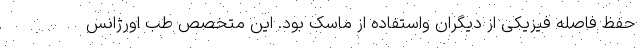
حفظ فاصله فیزیکی از دیگران واستفاده از ماسک بود. این متخصص طب اورژانس